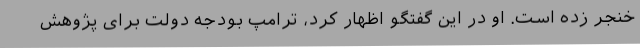
خنجر زده است. او در این گفتگو اظهار کرد، ترامپ بودجه دولت برای پژوهش